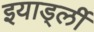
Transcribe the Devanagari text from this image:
इयार्ड्ली